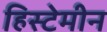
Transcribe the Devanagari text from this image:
हिस्टेमीन